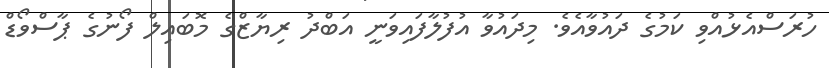
ހުރަސްއެޅުއްވި ކަމުގެ ދައުވާއެވެ. މިދައުވާ އުފުލާފައިވަނީ އަބްދު ރިޔާޒްގެ މޮބައިލް ފޯނުގެ ޕާސްވޯޑް